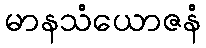
မာနသံယောဇနံ